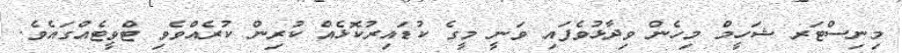
މިނިސްޓަރ ޝަހީމް މިހެން ވިދާޅުވެފައި ވަނީ މީގެ ކުޑައިރުކޮޅެއް ކުރިން ކުރެއްވެވި ޓްވީޓެއްގައެވެ.